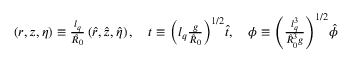
\begin{array} { r } { \left( r , z , \eta \right) \equiv \frac { l _ { q } } { \hat { R } _ { 0 } } \left( \hat { r } , \hat { z } , \hat { \eta } \right) , \quad t \equiv { \left( l _ { q } \frac { g } { \hat { R } _ { 0 } } \right) } ^ { 1 / 2 } \hat { t } , \quad \phi \equiv { \left( \frac { l _ { q } ^ { 3 } } { \hat { R } _ { 0 } ^ { 3 } g } \right) } ^ { 1 / 2 } \hat { \phi } } \end{array}